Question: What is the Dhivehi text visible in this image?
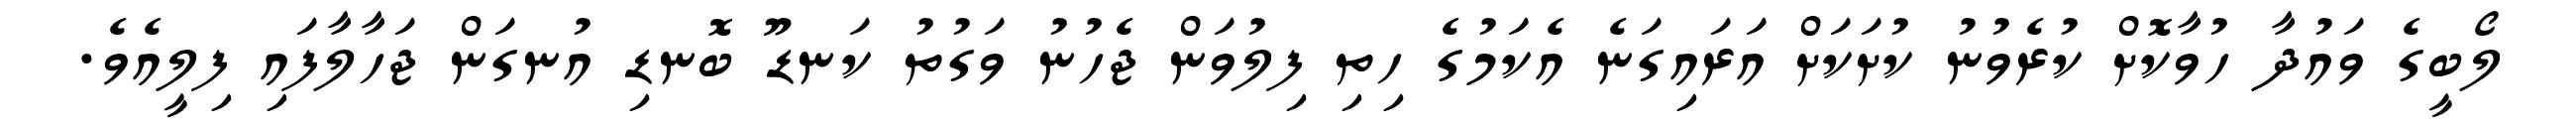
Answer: ލޯބީގެ ވައުދާ ހުވާކޮށް ކުރެވުނު ކުށަކަށް އަރައިގަނެ އެކަމުގެ ހިތި ފިލުވަން ޖެހުނު ވަގުތު ކަނޑޫ ބޮނޑި އުނގަން ޖަހާލާފައި ފިލީއެވެ.